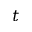
t